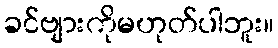
ခင်ဗျားကိုမဟုတ်ပါဘူး။